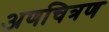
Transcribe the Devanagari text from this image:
अणचित्रण